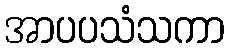
အာပပသံသကာ